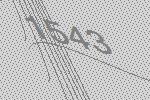
1543